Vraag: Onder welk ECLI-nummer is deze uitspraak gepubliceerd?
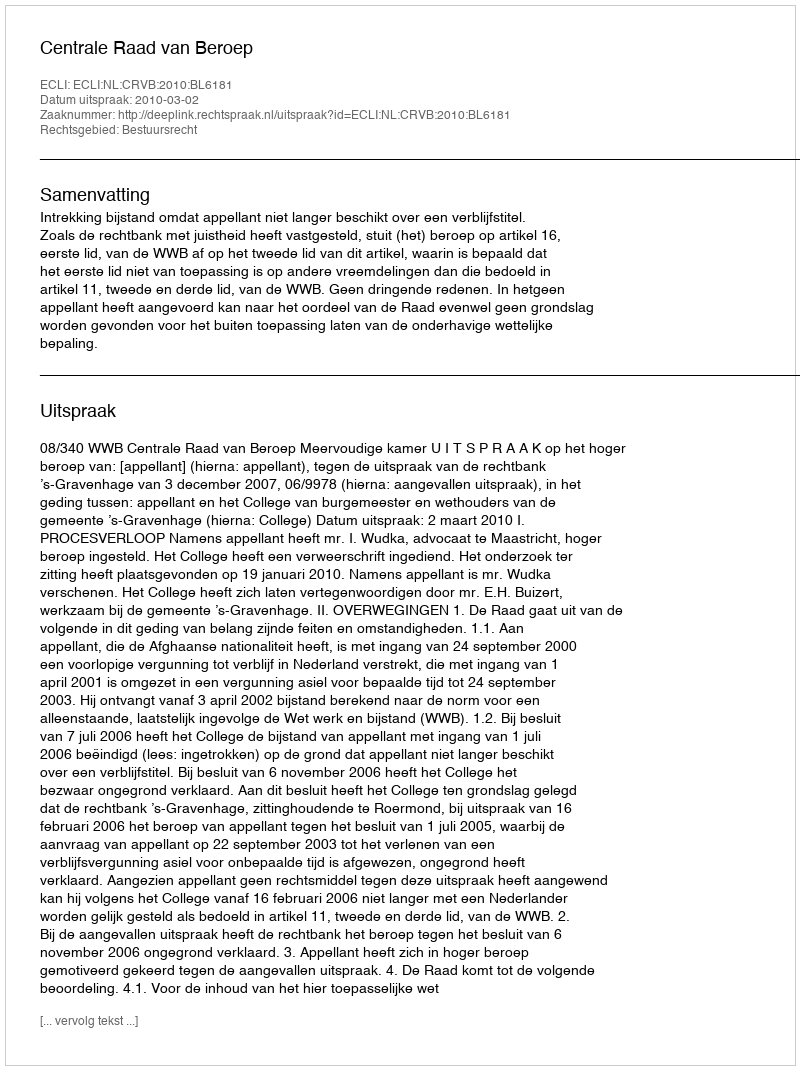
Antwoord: ECLI:NL:CRVB:2010:BL6181